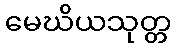
မေဃိယသုတ္တ